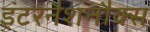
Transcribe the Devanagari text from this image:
इंटरनैशनौक्स